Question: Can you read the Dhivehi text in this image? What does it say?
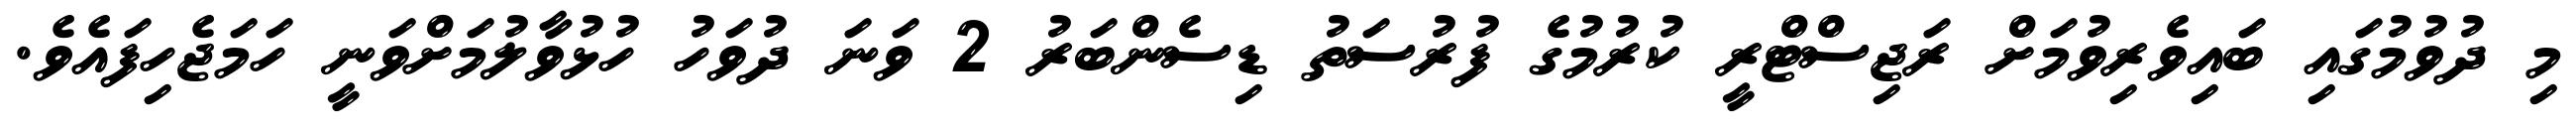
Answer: މި ދުވުމުގައި ބައިވެރިވުމަށް ރަޖިސްޓްރީ ކުރުމުގެ ފުރުސަތު ޑިސެންބަރު 2 ވަނަ ދުވަހު ހުޅުވާލުމަށްވަނީ ހަމަޖެހިފައެވެ.